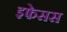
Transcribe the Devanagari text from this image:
इफेसस